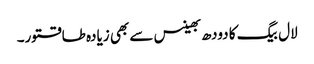
لال بیگ کا دودھ بھینس سے بھی زیادہ طاقتور۔